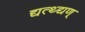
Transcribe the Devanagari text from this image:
द्यत्थ्द्यण्